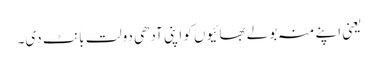
یعنی اپنے منہ بولے بھائیوں کو اپنی آدھی دولت بانٹ دی۔